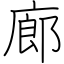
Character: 廊